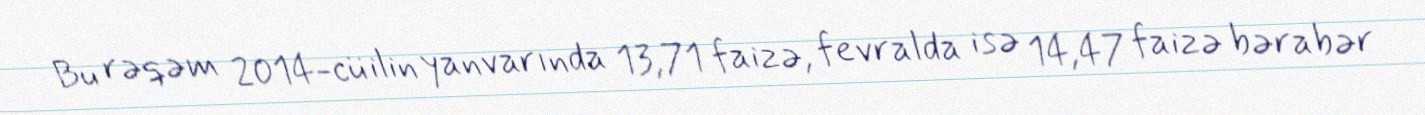
Bu rəqəm 2014-cü ilin yanvarında 13,71 faizə, fevralda isə 14,47 faizə bərabər